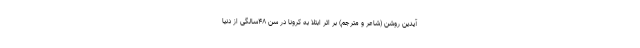
آیدین روشن (شاعر و مترجم) بر اثر ابتلا به کرونا در سن ۴۸سالگی از دنیا